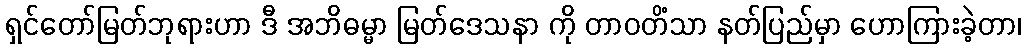
ရှင်တော်မြတ်ဘုရားဟာ ဒီ အဘိဓမ္မာ မြတ်ဒေသနာ ကို တာဝတိံသာ နတ်ပြည်မှာ ဟောကြားခဲ့တာ၊